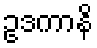
ဥဒကာနိ